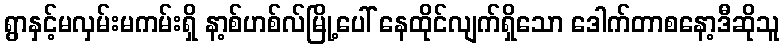
ရွာနှင့်မလှမ်းမကမ်းရှိ နာ့စ်ဟစ်လ်မြို့ပေါ် နေထိုင်လျက်ရှိသော ဒေါက်တာစနော့ဒီဆိုသူ